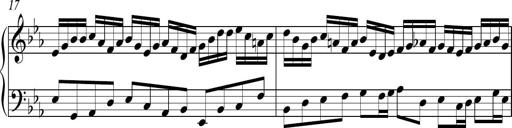
Title: Ten Piano Sonatinas
Composer: Andreas Sain